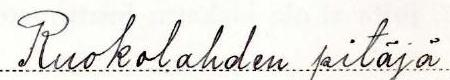
Ruokolahden pitäjä